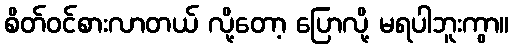
စိတ်ဝင်စားလာတယ် လို့တော့ ပြောလို့ မရပါဘူးကွာ။